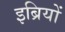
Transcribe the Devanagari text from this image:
इब्रियों